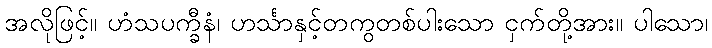
အလိုဖြင့်။ ဟံသပက္ခီနံ၊ ဟင်္သာနှင့်တကွတစ်ပါးသော ငှက်တို့အား။ ပါသော၊